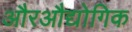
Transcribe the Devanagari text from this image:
औरऔद्योगिक